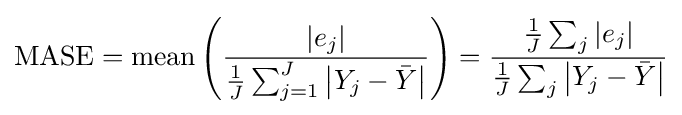
\mathrm {MASE} =\mathrm {mean} \left({\frac {\left|e_{j}\right|}{{\frac {1}{J}}\sum _{j=1}^{J}\left|Y_{j}-{\bar {Y}}\right|}}\right)={\frac {{\frac {1}{J}}\sum _{j}\left|e_{j}\right|}{{\frac {1}{J}}\sum _{j}\left|Y_{j}-{\bar {Y}}\right|}}